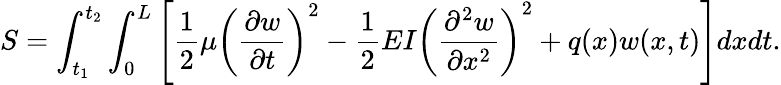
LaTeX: S=\int_{t_{1}}^{t_{2}}\int_{0}^{L}\left[{\frac{1}{2}}\mu\left({\frac{\partial w}{\partial t}}\right)^{2}-{\frac{1}{2}}EI\left({\frac{\partial^{2}w}{\partial x^{2}}}\right)^{2}+q(x)w(x,t)\right]dxdt.